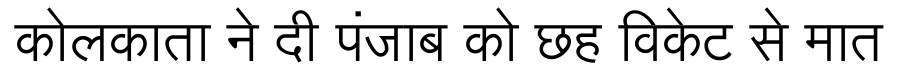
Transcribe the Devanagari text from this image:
कोलकाता ने दी पंजाब को छह विकेट से मात